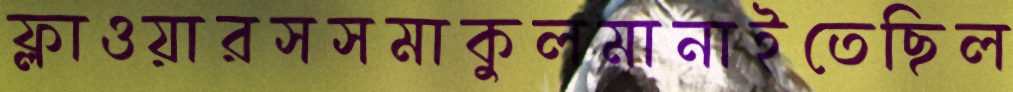
ফ্লাওয়ারসসমাকুলমানাইতেছিল